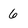
Character: 6